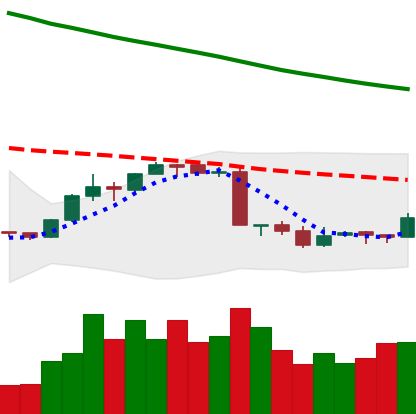
Ticker: EOS-USD
Chart end date: 2018-09-13
Forward return: -5.341%
Label: down_5_7